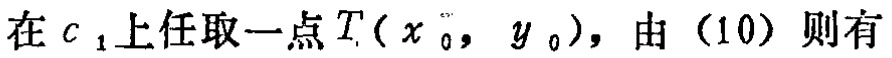
在 \(c_1\) 上任取一点 \(T(x_0, y_0)\)，由（10）则有